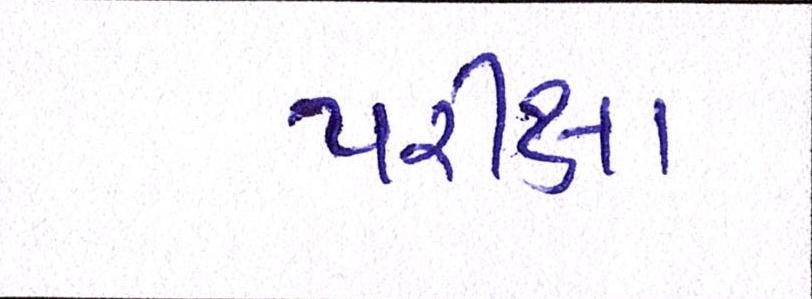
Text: પરીક્ષા